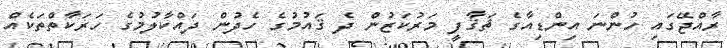
ރާއްޖޭގައި ހުންނަ އިންޑިއާގެ ޘަޤާފީ މަރުކަޒުން ދެ ޤައުމުގެ ހެދުން ދައްކާލުމުގެ ހަރަކާތްތަކެއް